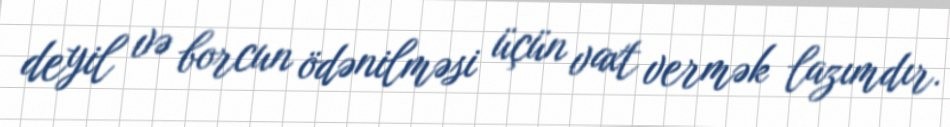
deyil və borcun ödənilməsi üçün vaxt vermək lazımdır.